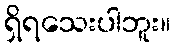
ရှိရသေးပါဘူး။